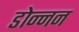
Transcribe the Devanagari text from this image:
डोन्नन